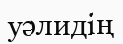
уәлидің